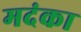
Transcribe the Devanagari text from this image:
मदंका